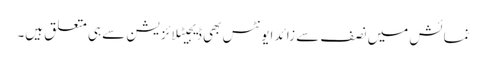
نمائش میں نصف سے زائد ایونٹس بھی ڈیجیٹلائزیشن سے ہی متعلق ہیں۔